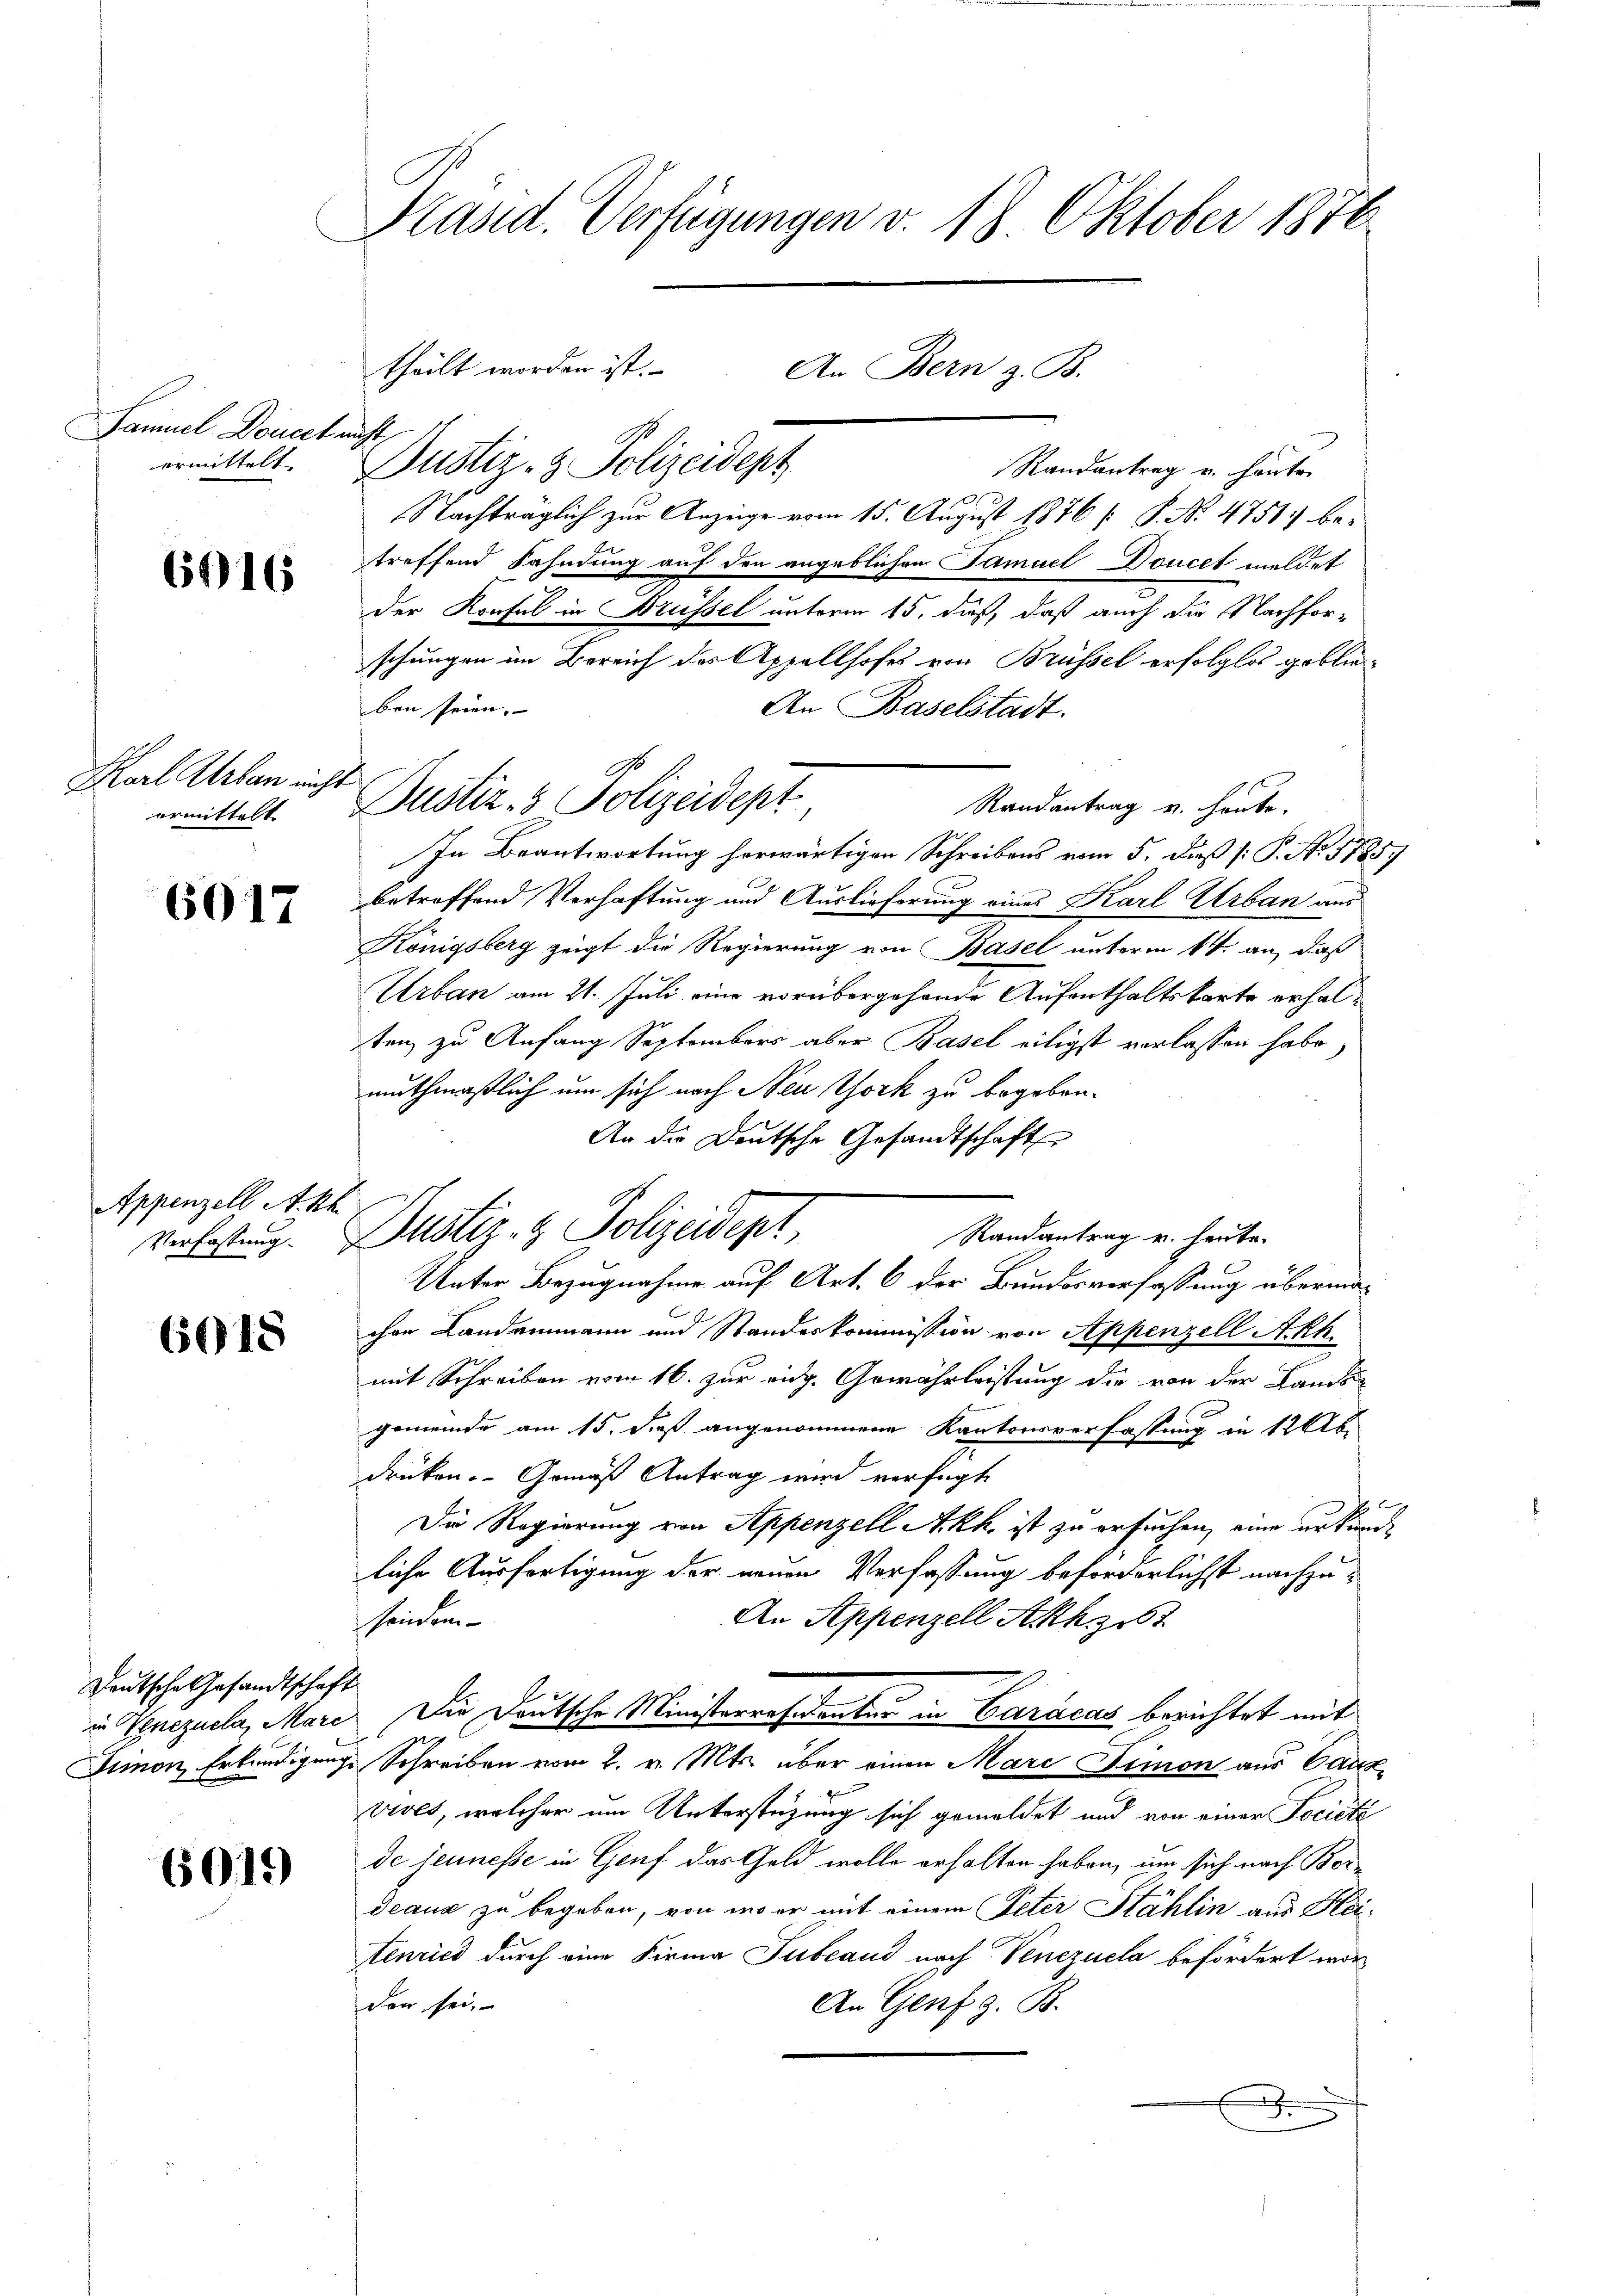
Samuel Directe
ermittelt.

6016

Karl Urban nicht

6017

Appenzell A.Rh.

6015

Deutsche Gesandtschaft
in Venezuela, Marc
Iimon, Erkundigung

6019

Präsid. Verfügungen v. 18. Oktober 1876

nicht
Justiz- & Polizeidept
Randantrag u. heute
Nachträglich zur Anzeige vom 15. August 1876 (: P. Nr. 4751) be-
treffend Fahndung auf den angeblichen Samuel Doucet meldet
der Konsul in Brüssel unterm 15. daß, daß auch die Nachforschungen im Bereich des Appellhofes von Brüssel erfolglos geblieben seien. |
An Baselstadt.
Randantrag v. heute.
In Beantwortung herwärtigen Schreibens vom 5. dieß (: P. No. 1785.
betroffend Verhaftung und Auslieferung eines Karl Urban aus
Königsberg zeigt die Regierung von Basel unterm 1ten an, daß
Urban am 21. Juli eine vorübergehende Aufenthaltskarte erhalsten zu Anfang Septembers aber Basel eiligst verlassen habe,
muthmaßlich um sich nach Neu York zu begeben.
An die Deutsche Gesandtschaft
Randantrag v. heute.
Unter Bezugnahme auf Art. 6 der Bundesverfassung übermachen Landammann und Standeskommission von Appenzell A.Rh.
mit Schreiben vom 16. zur eidg. Gewährleistung die von der Landt
C
gemeinde am 15. dieß angenommene Kantonsverfassung in 120 b
drüken. Gemäß Antrag wird verfügt:

Die Regierung von Appenzell Akh. ist zu ersuchen, eine urkunde
liche Ausfertigung der neuen Verfassung beforderlichst nachzu¬
An Appenzell Akhsit
heiden
Die Deutsche Ministerresidenter in Caracas berichtet mit
Schreiben vom 2. v. Mts. über einen Mare Simon aus Causvives, welcher um Unterstüzung sich gemeldet und von einer Société
de jeunesse in Genf das Geld wolle erhalten haben, um sich nach Bordeaus zu begeben, von wo er mit einem Peter Stählin aus Heitenried durch eine Firma Tubeaud nach Venezuela befördert worden sei.
An Genf z. B.
J

theilt worden ist.

Ge
ermittelt. Dustiz- & Polizeidept

verlastung. Justiz- & Polizeidept,

An Bern z. B.